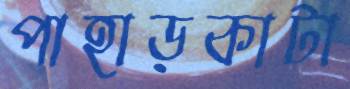
পাহাড়কাটা